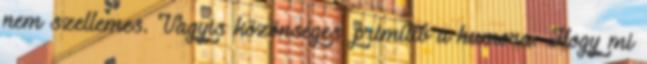
nem szellemes. Vagyis közönséges, primitív a humora. Hogy mi